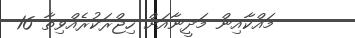
މައްކާއިން މަދީނާއަށް ހިޖްރަކުރެއްވިތާ 16